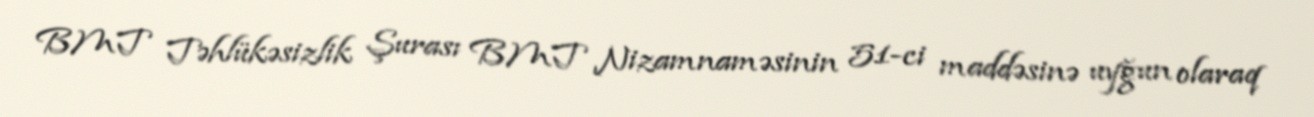
BMT Təhlükəsizlik Şurası BMT Nizamnaməsinin 51-ci maddəsinə uyğun olaraq